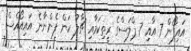
އައިފޯން 7 އާއި 7 ޕްލަސްގެ ރީތިކަމާއި ޗާލު ކަން ފެންނާނެ އައިއޯއެސް